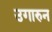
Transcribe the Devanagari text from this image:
उगारुन